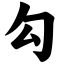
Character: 勾